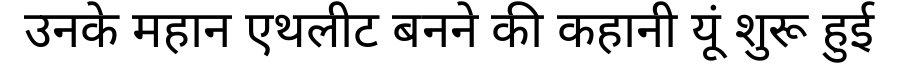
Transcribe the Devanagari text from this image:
उनके महान एथलीट बनने की कहानी यूं शुरू हुई